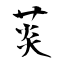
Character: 菼